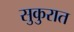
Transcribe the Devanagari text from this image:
सुकुरात